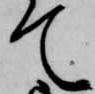
て